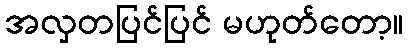
အလှတပြင်ပြင် မဟုတ်တော့။